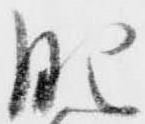
肥